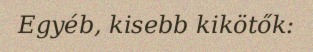
Egyéb, kisebb kikötők: